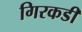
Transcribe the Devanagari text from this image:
गिरकडी